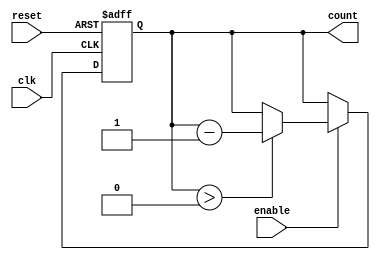
module down_counter #(
    parameter N = 4,            // Bit-width of the counter (change as needed)
    parameter MAX_VALUE = 15    // Maximum value for the counter
)(
    input wire clk,             // Clock input
    input wire reset,           // Asynchronous reset input
    input wire enable,          // Enable signal for counting
    output reg [N-1:0] count    // Current count output
);

// Counter register initialization
initial begin
    count = MAX_VALUE;          // Set count to maximum value on startup
end

// Synchronous counting logic
always @(posedge clk or posedge reset) begin
    if (reset) begin
        count <= MAX_VALUE;      // Reset counter to maximum value
    end else if (enable) begin
        if (count > 0) begin
            count <= count - 1;  // Decrement count if greater than zero
        end
        // If count is zero, it remains zero (underflow protection)
    end
end

endmodule